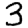
Digit: 3